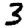
Digit: 3